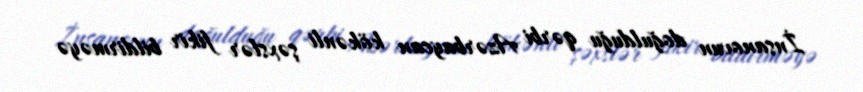
İnsanovun doğulduğu qərbi Azərbaycan kökənli şəxslər fikir bildirməyə